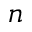
n